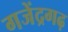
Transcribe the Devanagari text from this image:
गजेंद्रगढ़